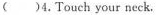
()4.Touch your neck.